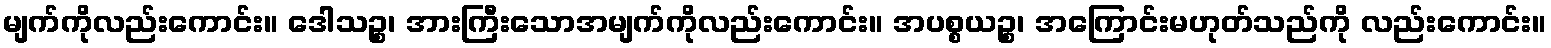
မျက်ကိုလည်းကောင်း။ ဒေါသဉ္စ၊ အားကြီးသောအမျက်ကိုလည်းကောင်း။ အပစ္စယဉ္စ၊ အကြောင်းမဟုတ်သည်ကို လည်းကောင်း။